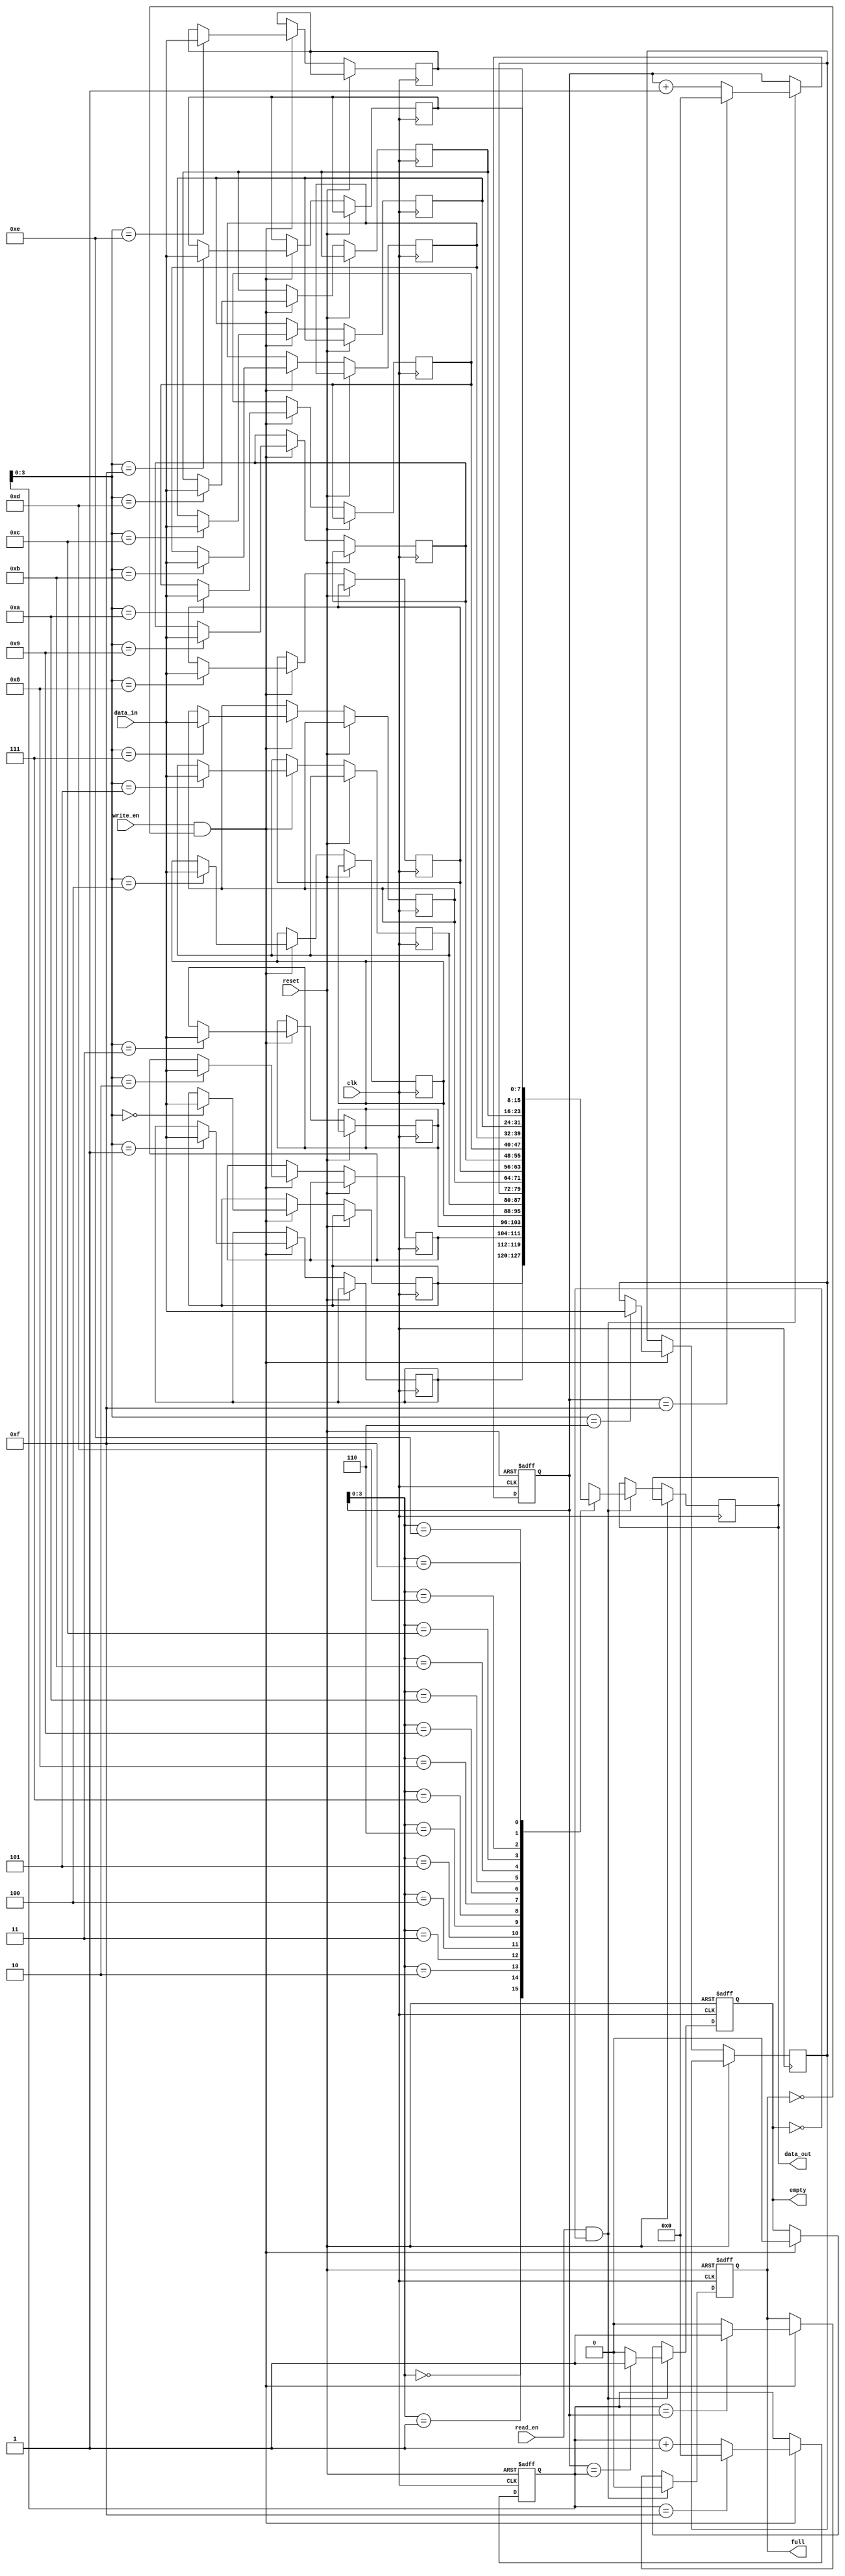
module Bidirectional_FIFO (
    input wire clk,
    input wire reset,
    input wire read_en,
    input wire write_en,
    input wire [DATA_WIDTH-1:0] data_in,
    output reg [DATA_WIDTH-1:0] data_out,
    output wire full,
    output wire empty
);

parameter FIFO_DEPTH = 16;
parameter DATA_WIDTH = 8;

reg [DATA_WIDTH-1:0] fifo [0:FIFO_DEPTH-1];
reg [DATA_WIDTH-1:0] read_ptr;
reg [DATA_WIDTH-1:0] write_ptr;

reg full_reg;
reg empty_reg;

always @ (posedge clk or posedge reset) begin
    if (reset) begin
        read_ptr <= 0;
        write_ptr <= 0;
        full_reg <= 0;
        empty_reg <= 1;
    end else begin
        if (write_en && !full_reg) begin
            fifo[write_ptr] <= data_in;
            write_ptr <= (write_ptr == FIFO_DEPTH-1) ? 0 : write_ptr + 1;
            full_reg <= (write_ptr == read_ptr) ? 1 : 0;
            empty_reg <= 0;
        end
        if (read_en && !empty_reg) begin
            data_out <= fifo[read_ptr];
            read_ptr <= (read_ptr == FIFO_DEPTH-1) ? 0 : read_ptr + 1;
            empty_reg <= (read_ptr == write_ptr) ? 1 : 0;
            full_reg <= 0;
        end
    end
end

assign full = full_reg;
assign empty = empty_reg;

endmodule